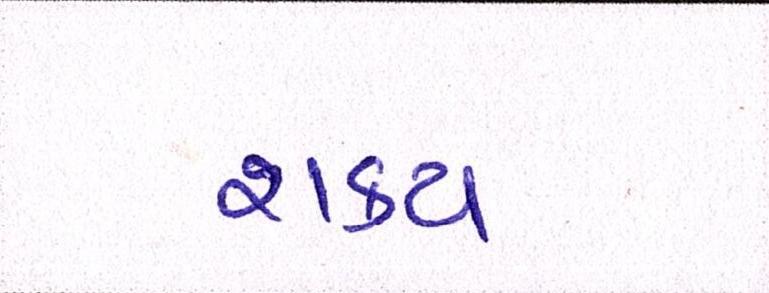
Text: શક્ય